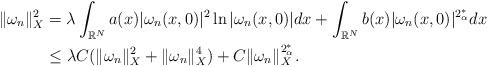
LaTeX: \begin{align*}\|\omega_n\|_X^2&=\lambda\displaystyle\int_{\mathbb{R}^N}a(x)|\omega_n(x,0)|^2\ln|\omega_n(x,0)|dx+\displaystyle\int_{\mathbb{R}^N}b(x)|\omega_n(x,0)|^{2_\alpha^*}dx\\&\leq\lambda C(\|\omega_n\|_X^2+\|\omega_n\|_X^4)+C\|\omega_n\|_X^{2_\alpha^*}.\end{align*}